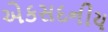
એકસદનીય